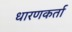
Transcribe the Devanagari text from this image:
धारणकर्ता